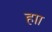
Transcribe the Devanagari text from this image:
हाा